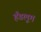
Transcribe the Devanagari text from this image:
हँडलूम